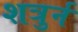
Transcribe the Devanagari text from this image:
शत्रुर्न